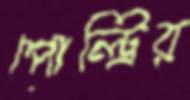
পোল্ট্রির